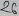
Text: 26